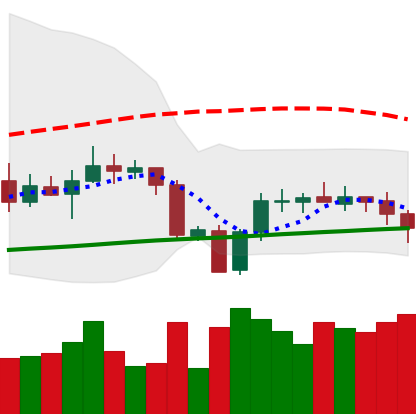
Ticker: XRP-USD
Chart end date: 2020-10-02
Forward return: 6.16%
Label: up_5_7